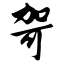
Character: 哿